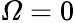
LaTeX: \varOmega=0